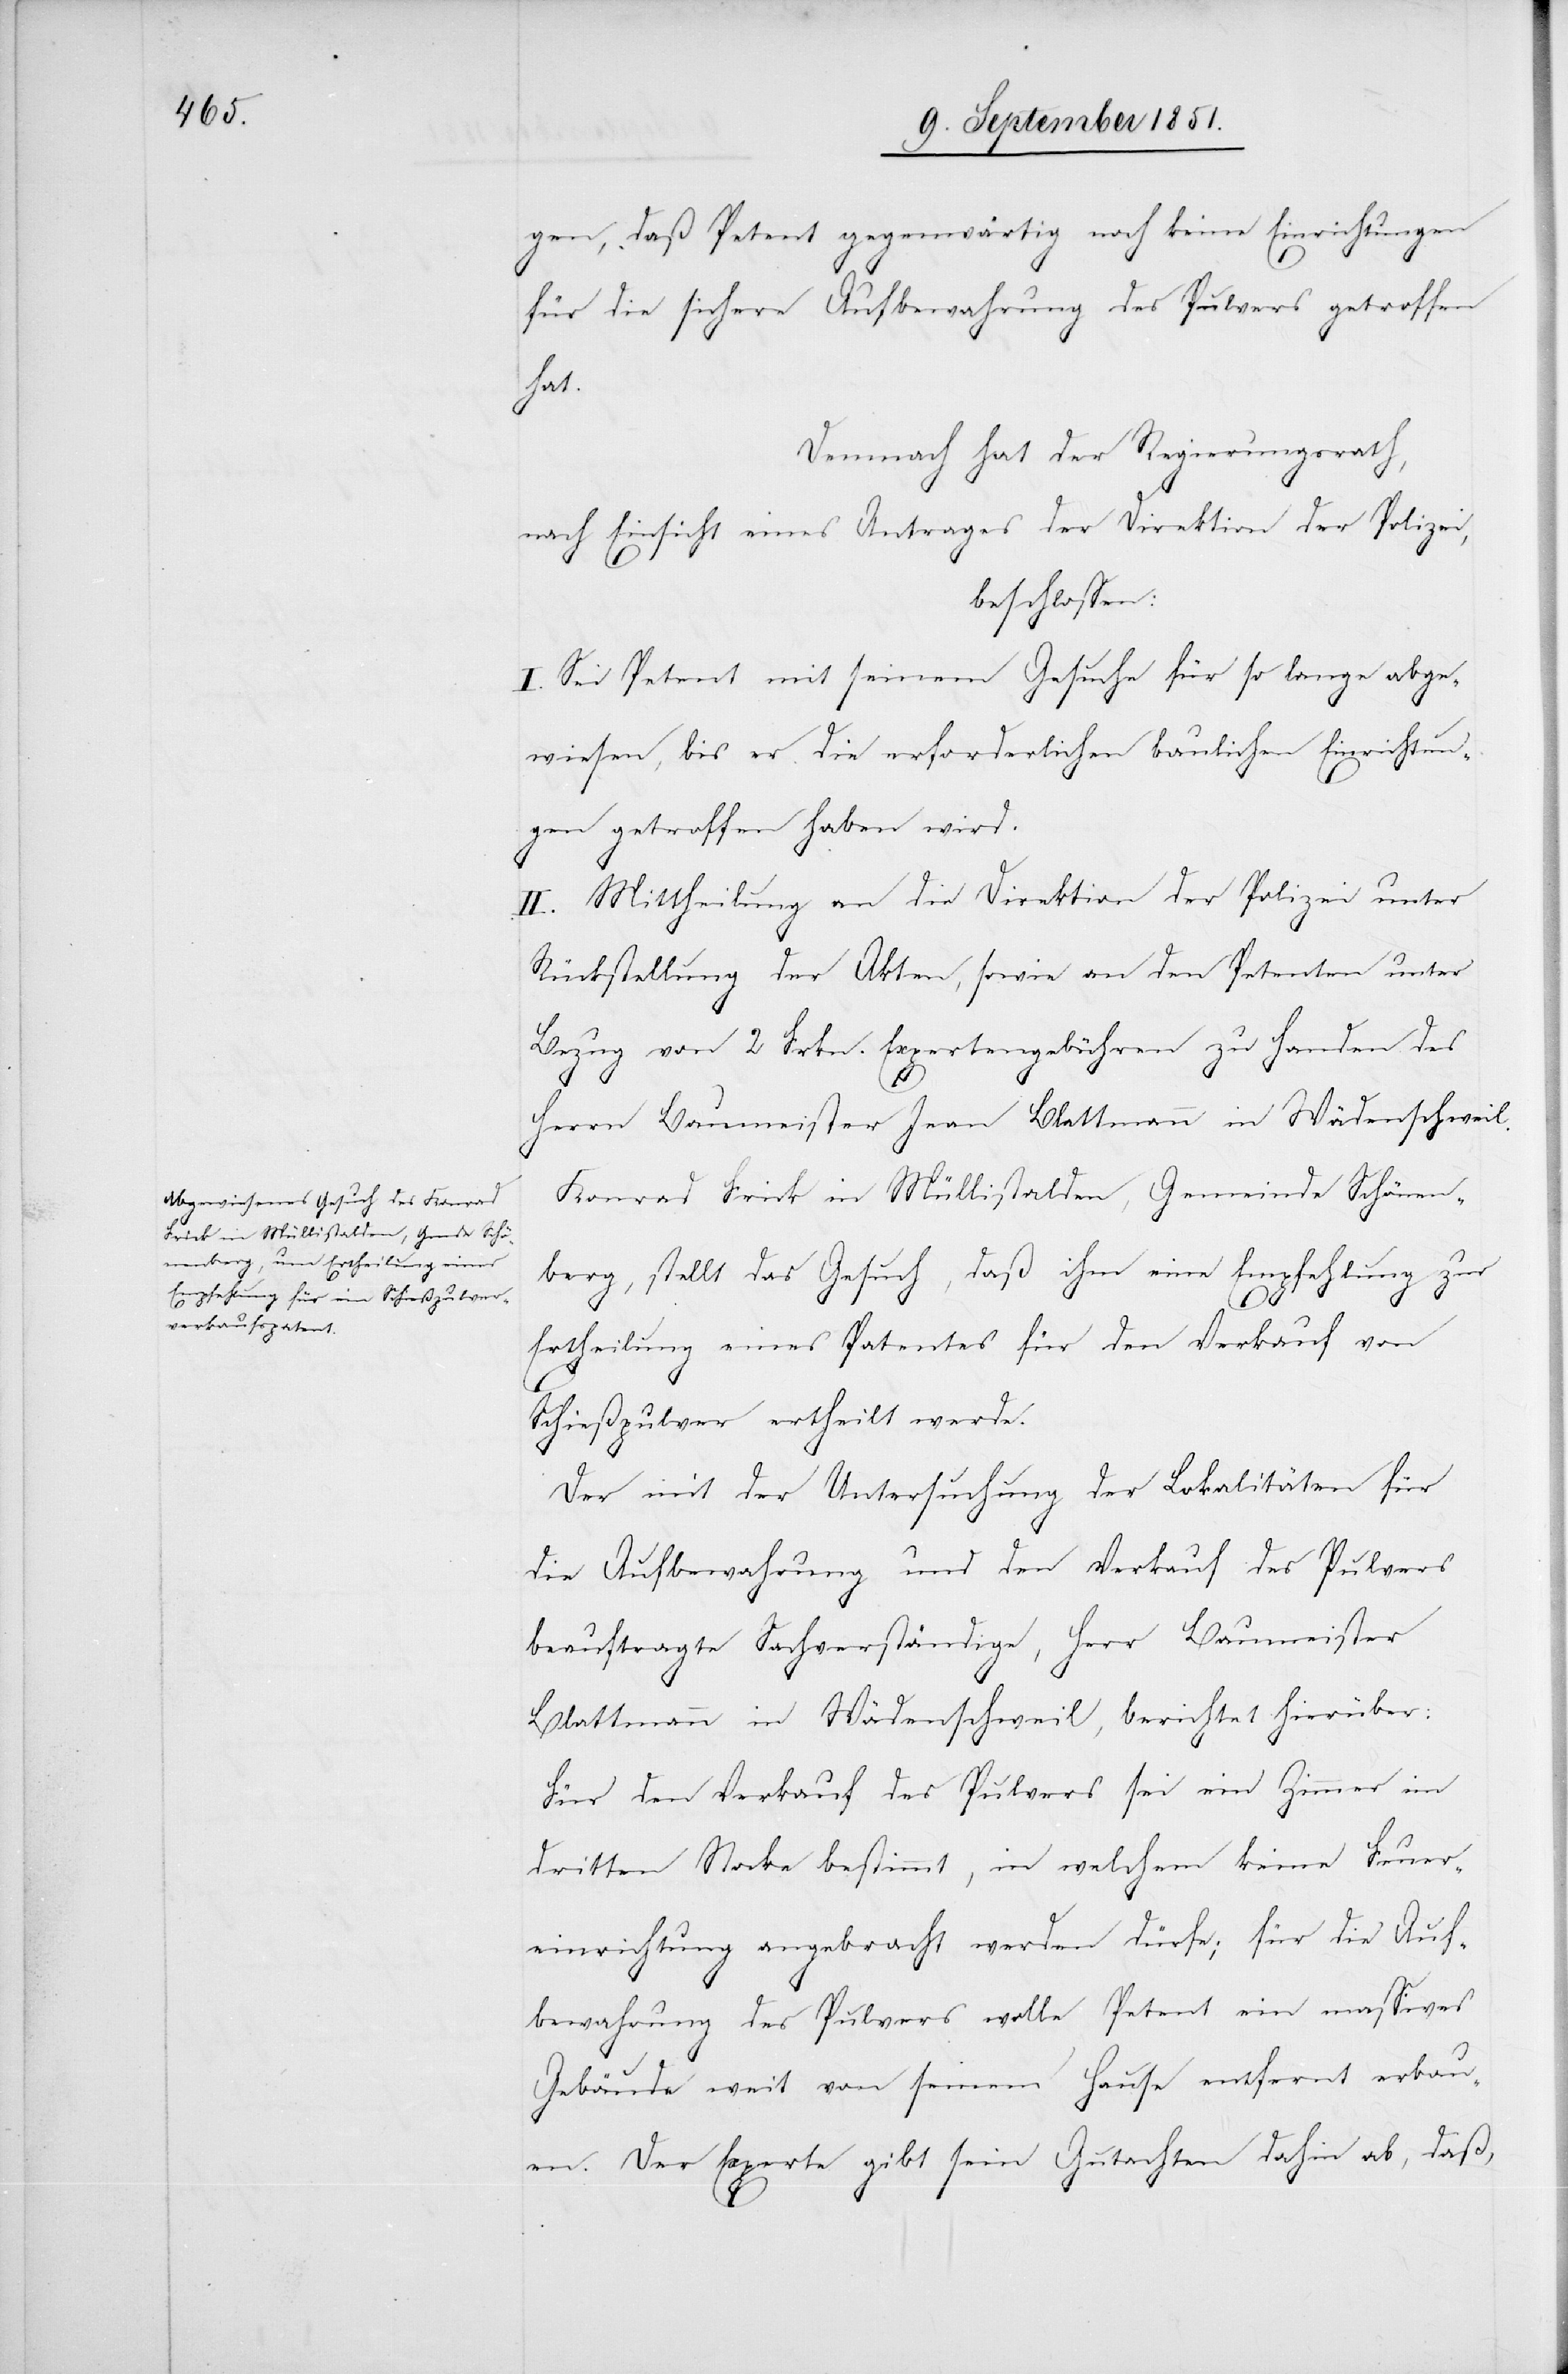
gen, daß Petent gegenwärtig noch keine Einrichtungen
für die sichere Aufbewahrung des Pulvers getroffen
hat.
Demnach hat der Regierungsrath,
nach Einsicht eines Antrages der Direktion der Polizei,
beschlossen:
I. Sei Petent mit seinem Gesuche für so lange abge¬
wiesen, bis er die erforderlichen baulichen Einrichtun¬
gen getroffen haben wird.
II. Mittheilung an die Direktion der Polizei unter
Rückstellung der Akten, sowie an den Petenten unter
Bezug von 2 Frkn. Expertengebühren zu Handen des
Herrn Baumeister Jean Blattmann in Wädenschweil.
Konrad Frick in Müllistalden, Gemeinde Schönen¬
berg, stellt das Gesuch, daß ihm eine Empfehlung zur
Ertheilung eines Patentes für den Verkauf von
Schießpulver ertheilt werde.
Der mit der Untersuchung der Lokalitäten für
die Aufbewahrung und den Verkauf des Pulvers
beauftragte Sachverständige, Herr Baumeister
Blattmann in Wädenschweil, berichtet hierüber:
Für den Verkauf des Pulvers sei ein Zimmer im
dritten Stocke bestimmt, in welchem keine Feuer¬
einrichtung angebracht werden dürfe; für die Auf¬
bewahrung des Pulvers wolle Petent ein massives
Gebäude weit von seinem Hause entfernt erbau¬
en. Der Experte gibt sein Gutachten dahin ab, daß,